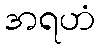
အရဟံ